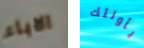
الاباء بأولئك